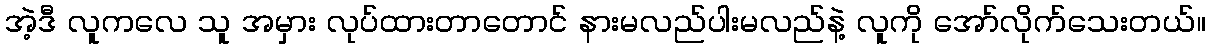
အဲ့ဒီ လူကလေ သူ အမှား လုပ်ထားတာတောင် နားမလည်ပါးမလည်နဲ့ လူကို အော်လိုက်သေးတယ်။